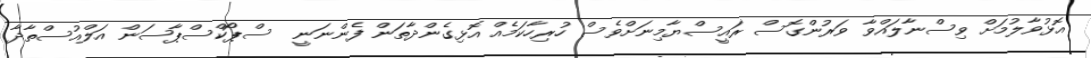
އޮޅުވާލުމަށް ވިސްނާލައްވާ ވަރުންގޮސް ރައީސްޔާމިނަށްވެސް ހުރިހާކަމެއް އޮޅިގެންދާތަން ފެންނަނީ  ސްޕޯކްސްޕާސަން އަލްއުސްތާޛާ